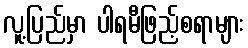
လူ့ပြည်မှာ ပါရမီဖြည့်စရာများ